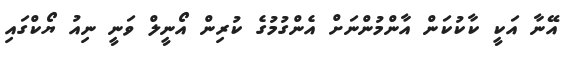
އޭނާ އަކީ ކާކުކަން އާންމުންނަށް އެންގުމުގެ ކުރިން އޯނީލް ވަނީ ނިއު ޔޯކްގައި